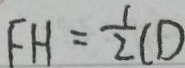
F H = \frac { 1 } { 2 } C D